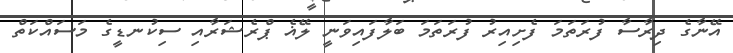
އޭނާގެ ދިރާސާ ފުރަތަމަ ފެށިއިރު ފުރަތަމަ ބަލާފައިވަނީ ލޭޣެ ޕްރެޝަރާއި ސިކުނޑީގެ މަސައްކަތް